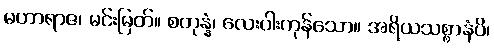
မဟာရာဇ၊ မင်းမြတ်။ စတုန္နံ၊ လေးပါးကုန်သော။ အရိယသစ္စာနံပိ၊